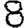
Digit: 8